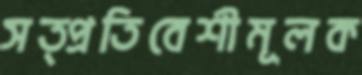
সত্প্রতিবেশীমূলক